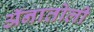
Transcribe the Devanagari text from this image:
ॲनातोली